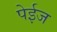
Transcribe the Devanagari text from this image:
पेईज